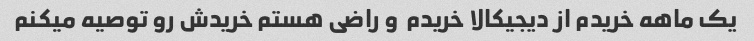
یک ماهه خریدم از دیجیکالا خریدم  و راضی هستم خریدش رو توصیه میکنم